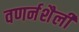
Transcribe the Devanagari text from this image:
वणर्नशैली